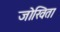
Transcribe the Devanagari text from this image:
जोखिता